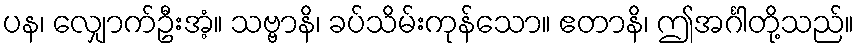
ပန၊ လျှောက်ဦးအံ့။ သဗ္ဗာနိ၊ ခပ်သိမ်းကုန်သော။ ဧတာနိ၊ ဤအင်္ဂါတို့သည်။